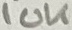
Text: 10K